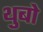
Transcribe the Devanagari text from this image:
थुबो